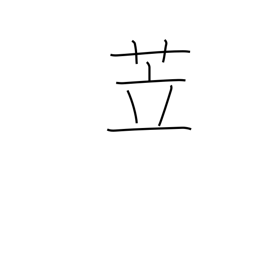
Meaning: pigsty